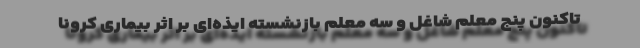
تاکنون پنج معلم شاغل و سه معلم بازنشسته ایذه‌ای بر اثر بیماری کرونا